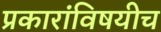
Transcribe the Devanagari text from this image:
प्रकारांविषयीच